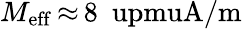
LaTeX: M_{\mathrm{eff}}\, {\approx}\, 8~\mathrm{\ upmuA/m}